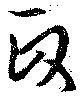
政